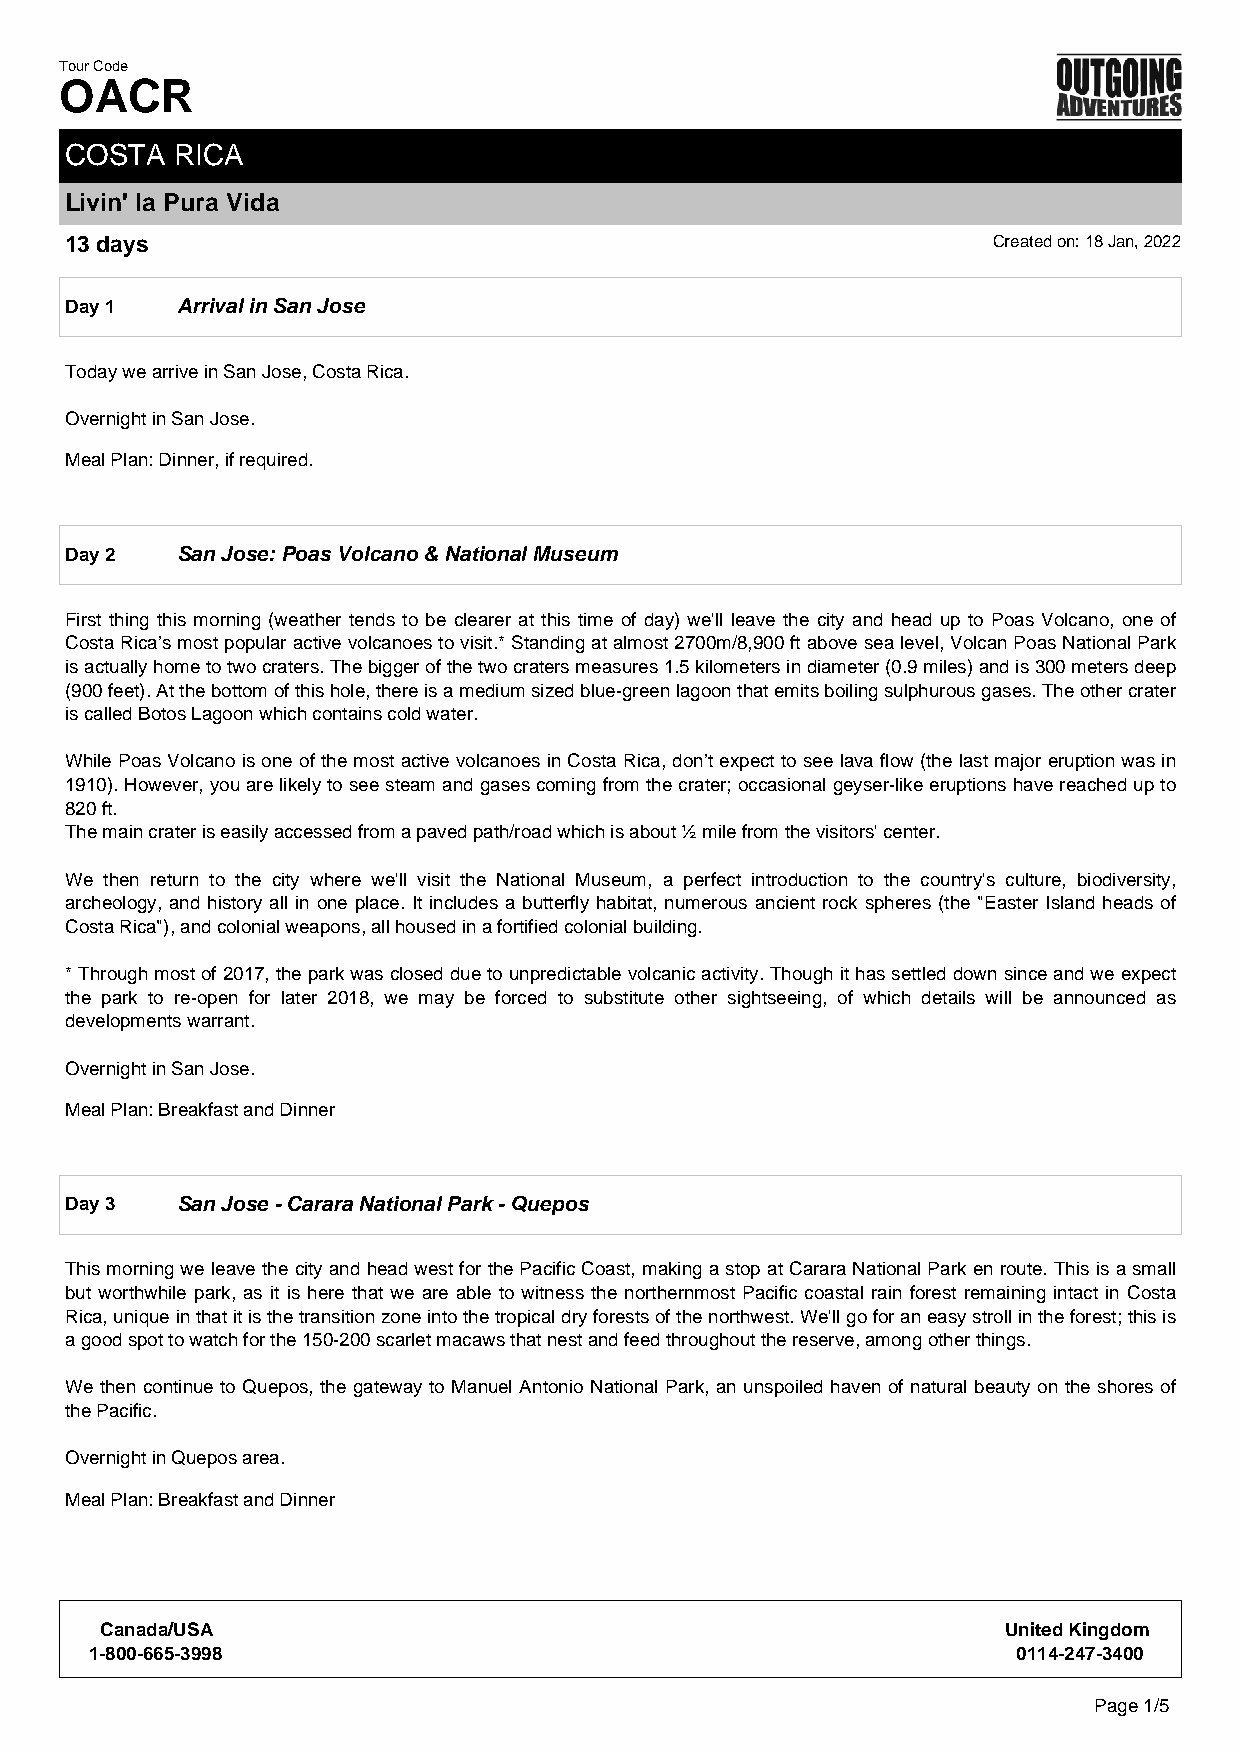
Tour Code
 OACR
 COSTA  RICA
 Livin' la Pura Vida
 13 days                                                       Created on: 18 Jan, 2022
 Day 1   Arrival in San Jose
 Today we arrive in San Jose, Costa Rica.
 Overnight in San Jose.
 Meal Plan: Dinner, if required.
 Day 2   San Jose: Poas Volcano & National Museum
 First thing this morning (weather tends to be clearer at this time of day) we'll leave the city and head up to Poas Volcano, one of
 Costa Rica’s most popular active volcanoes to visit.* Standing at almost 2700m/8,900 ft above sea level, Volcan Poas National Park
 is actually home to two craters. The bigger of the two craters measures 1.5 kilometers in diameter (0.9 miles) and is 300 meters deep
 (900 feet). At the bottom of this hole, there is a medium sized blue-green lagoon that emits boiling sulphurous gases. The other crater
 is called Botos Lagoon which contains cold water.
 While Poas Volcano is one of the most active volcanoes in Costa Rica, don’t expect to see lava flow (the last major eruption was in
 1910). However, you are likely to see steam and gases coming from the crater; occasional geyser-like eruptions have reached up to
 820 ft.
 The main crater is easily accessed from a paved path/road which is about ½ mile from the visitors' center.
 We then return to the city where we'll visit the National Museum, a perfect introduction to the country's culture, biodiversity,
 archeology, and history all in one place. It includes a butterfly habitat, numerous ancient rock spheres (the "Easter Island heads of
 Costa Rica"), and colonial weapons, all housed in a fortified colonial building.
 * Through most of 2017, the park was closed due to unpredictable volcanic activity. Though it has settled down since and we expect
 the park to re-open for later 2018, we may be forced to substitute other sightseeing, of which details will be announced as
 developments warrant.
 Overnight in San Jose.
 Meal Plan: Breakfast and Dinner
 Day 3   San Jose - Carara National Park - Quepos
 This morning we leave the city and head west for the Pacific Coast, making a stop at Carara National Park en route. This is a small
 but worthwhile park, as it is here that we are able to witness the northernmost Pacific coastal rain forest remaining intact in Costa
 Rica, unique in that it is the transition zone into the tropical dry forests of the northwest. We'll go for an easy stroll in the forest; this is
 a good spot to watch for the 150-200 scarlet macaws that nest and feed throughout the reserve, among other things.
 We then continue to Quepos, the gateway to Manuel Antonio National Park, an unspoiled haven of natural beauty on the shores of
 the Pacific.
 Overnight in Quepos area.
 Meal Plan: Breakfast and Dinner
 Canada/USA                                                 United Kingdom
 1-800-665-3998                                               0114-247-3400
 Page 1/5